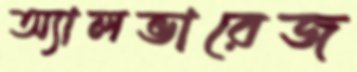
অ্যালভারেজ